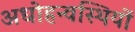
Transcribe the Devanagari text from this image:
अधोहन्वस्थियों